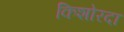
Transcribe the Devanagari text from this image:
किशोरदा